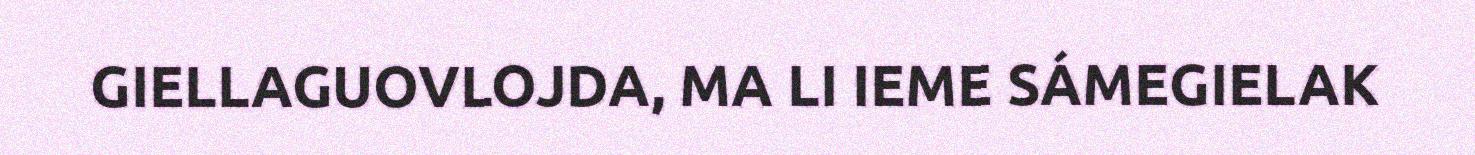
GIELLAGUOVLOJDA, MA LI IEME SÁMEGIELAK